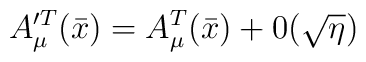
A^{\prime T}_\mu (\bar{x}) = A_\mu ^T (\bar{x}) + 0(\sqrt{\eta})